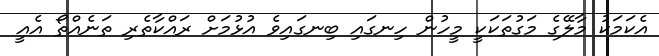
އެކަމަކު މާލޭގެ މަގުތަކަކީ މީހުން ހިނގައި ބިނގައިވެ އުޅުމަށް ރައްކާތެރި ތަނެއްތޯ އެއީ